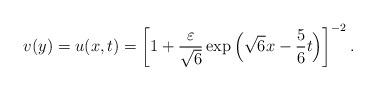
LaTeX: \begin{align*}v(y)=u(x,t)=\left[ 1+\frac{\varepsilon }{\sqrt{6}}\exp\Big(\sqrt{6}x-\frac{5}{6}t\Big)\right] ^{-2}.\end{align*}